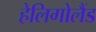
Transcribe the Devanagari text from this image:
हेलिगोलैंड